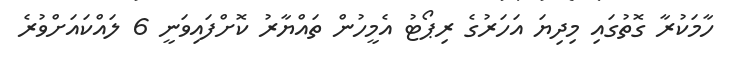
ހާމަކުރާ ގޮތުގައި މިދިޔަ އަހަރުގެ ރިޕޯޓު އެމީހުން ތައްޔާރު ކޮށްފައިވަނީ 6 ލައްކައަށްވުރެ